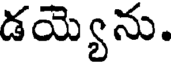
డయ్యెను.